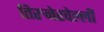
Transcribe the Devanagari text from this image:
तिरुनेरवेल्ली